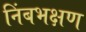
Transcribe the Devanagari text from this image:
निंबभक्षण